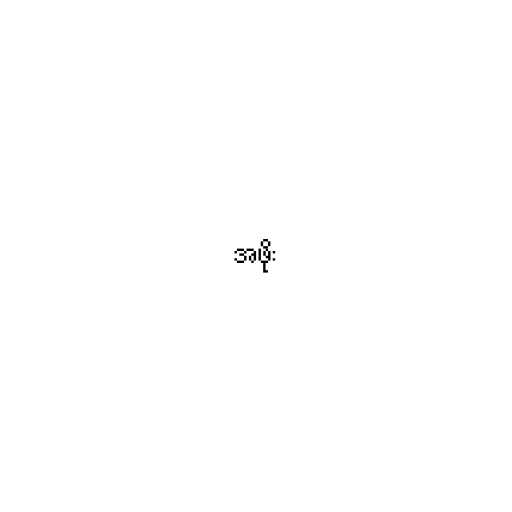
အဖိုး